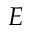
E